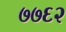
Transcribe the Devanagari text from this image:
७७६२